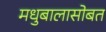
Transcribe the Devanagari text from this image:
मधुबालासोबत